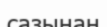
сазынан